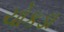
ચોકડા